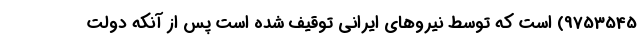
9753545) است که توسط نیروهای ایرانی توقیف شده است پس از آنکه دولت